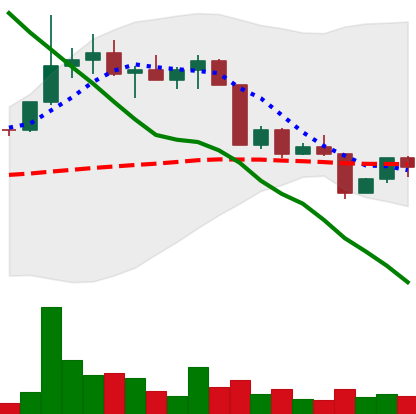
Ticker: EOS-USD
Chart end date: 2022-04-14
Forward return: 14.769%
Label: up_7plus